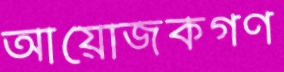
আয়োজকগণ